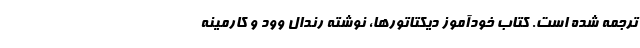
ترجمه شده است. کتاب خودآموز دیکتاتورها، نوشته رندال وود و کارمینه